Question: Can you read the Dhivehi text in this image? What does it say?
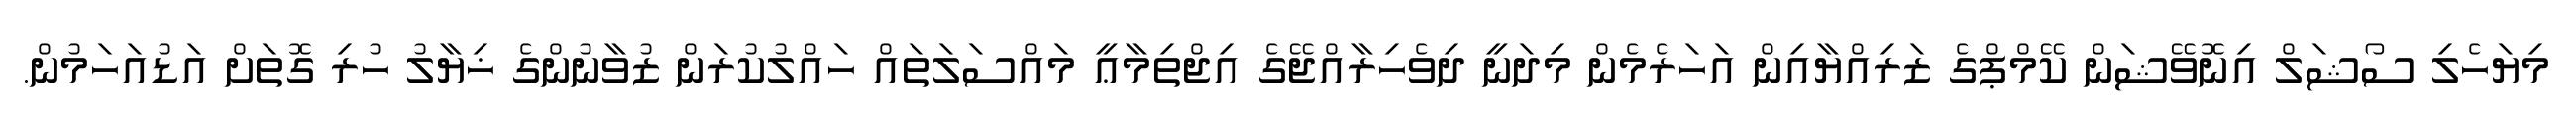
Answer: މިޔަހެލި ސޯޝަލް އިނޮވޭޝަން ކޭމްޕްގެ ޒަރިއްޔާއިން އަހަރެމެން މިދަނީ ދިވެހިރާއްޖޭގެ އިޖްތިމާޢީ މައްސަލަތައް ހައްލުކުރަން ޒުވާނުންގެ ޚިޔާލު ހުރި ގޮތަށް އަޑުއަހަމުން.